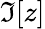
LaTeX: \Im[z]